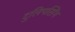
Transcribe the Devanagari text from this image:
दुलिपसिंग